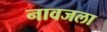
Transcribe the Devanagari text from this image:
नावजला